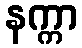
နက္ကာ